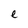
Character: e